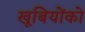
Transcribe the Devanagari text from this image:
खूबियोंको